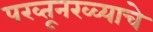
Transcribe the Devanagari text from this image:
पख्तूनख्व्याचे